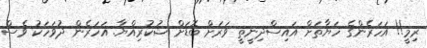
ރިމީ!! އަހަރެންގެ ހަޔާތަށް އައިސްދިނީތީ ވަރަށް ބޮޑަށް ޝުކުރިއްޔާ. އަހަރެން ދުވަހަކު ވެސް